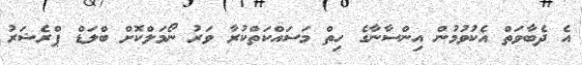
އެ ދެބާވަތް އެކުވުމުން އިންސާނާގެ ހިތް މަސައްކަތްކުރާ ވަރު ނޯމަލްކޮށް ބްލަޑް ޕްރެޝަރު